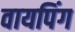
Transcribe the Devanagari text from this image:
वायपिंग